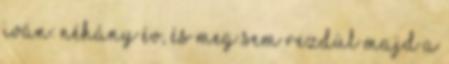
Iván: néhány év, és meg sem rezdül majd a